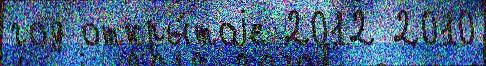
год откры́тоjе 2012 2010